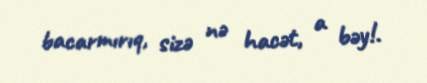
bacarmırıq, sizə nə hacət, a bəy!.